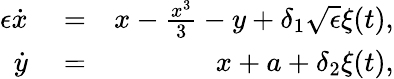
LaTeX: \begin{array}{rlr}{\epsilon\dot{x}}&{{}=}&{x-\frac{x^{3}}{3}-y+\delta_{1}\sqrt{\epsilon}{\xi(t)},}\\ {\dot{y}}&{{}=}&{x+a+\delta_{2}{\xi(t)},}\end{array}